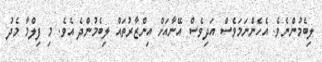
ލިބެމުންނެވެ. އެހެންނަމަވެސް އަދިވެސް އޭނާއަށް އިންޒާރުތައް ލިބެމުންދެ އެވެ. މި ފިލްމާ މެދު